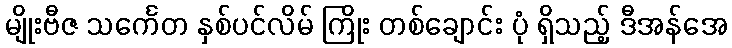
မျိုးဗီဇ သင်္ကေတ နှစ်ပင်လိမ် ကြိုး တစ်ချောင်း ပုံ ရှိသည့် ဒီအန်အေ